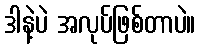
ဒါနဲ့ပဲ အလုပ်ဖြစ်တာပဲ။